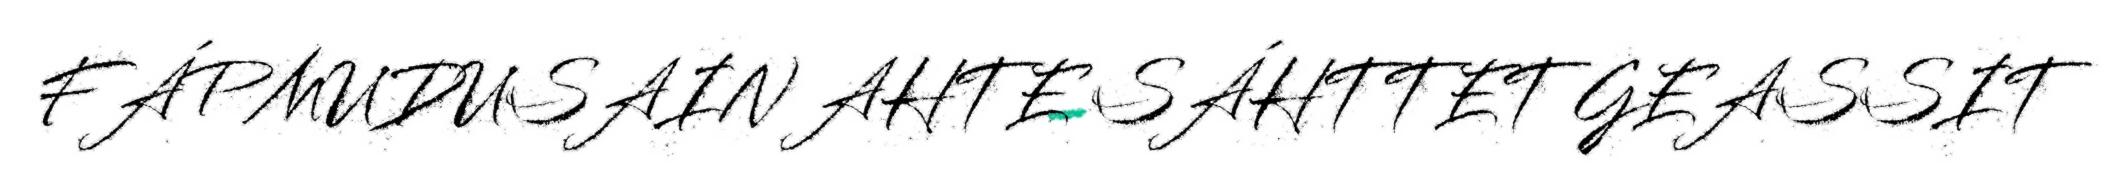
FÁPMUDUSAIN AHTE SÁHTTET GEASSIT